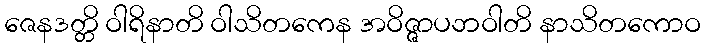
ဇေနဒတ္တိ ဝါရိနာတိ ဝါသိတကေန အဝိဇ္ဇာပဘဝါတိ နာသိတကောဝ